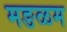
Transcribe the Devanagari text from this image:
मङळम